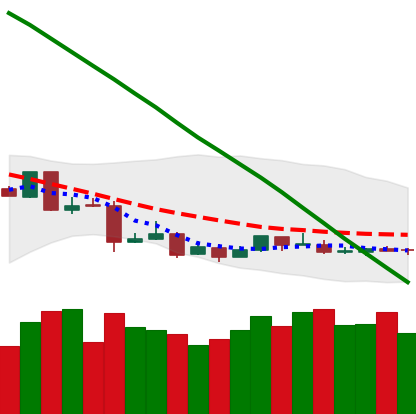
Ticker: ETC-USD
Chart end date: 2019-01-24
Forward return: -9.08%
Label: down_7plus